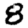
Digit: 8